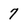
Character: 7